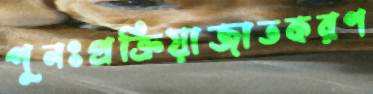
পুনঃপ্রক্রিয়াজাতকরণ